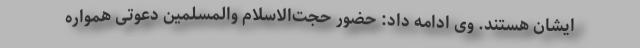
ایشان هستند. وی ادامه داد: حضور حجت‌الاسلام والمسلمین دعوتی همواره